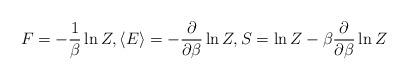
LaTeX: \begin{align*} F = - \frac{1}{\beta} \ln Z, \langle E \rangle = - \frac{\partial}{\partial \beta} \ln Z, S = \ln Z - \beta \frac{\partial}{\partial \beta} \ln Z\end{align*}